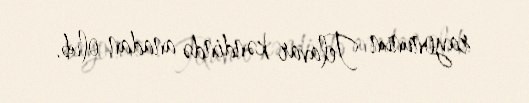
rayonunun Telavar kəndində anadan olub.